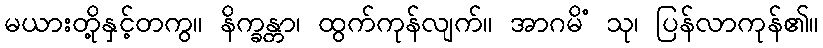
မယားတို့နှင့်တကွ။ နိက္ခန္တာ၊ ထွက်ကုန်လျက်။ အာဂမိံ သု၊ ပြန်လာကုန်၏။